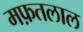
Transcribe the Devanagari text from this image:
मफ़तलाल